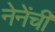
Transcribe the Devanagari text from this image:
नेनेंची